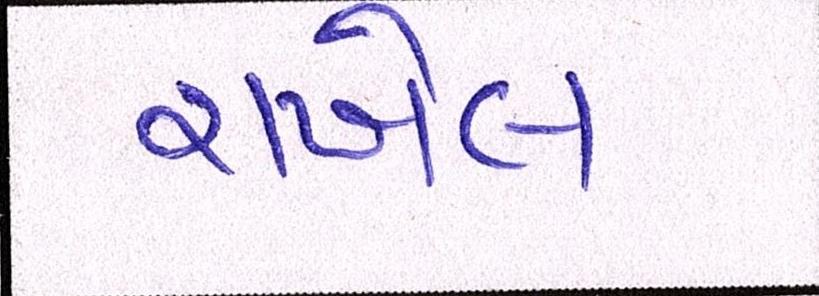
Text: રાખેલ